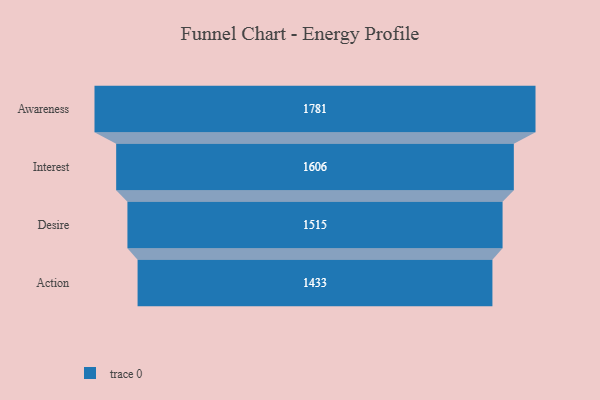
{"axis": {"x": "Stage", "y": "Value"}, "legend": [""], "data": [{"x": "Awareness", "y": 1781.0, "type": ""}, {"x": "Interest", "y": 1606.0, "type": ""}, {"x": "Desire", "y": 1515.0, "type": ""}, {"x": "Action", "y": 1433.0, "type": ""}]}